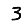
Digit: 3